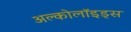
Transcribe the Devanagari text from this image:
अल्कोलॉइड्स